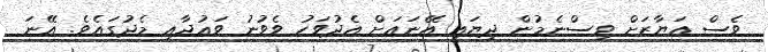
ވެސް އަޔާޒަށް ވިސްނެމުން ދިޔައީ އޭނައަށް އެދުވަހު ވެވުނު ވަޢުދާއި މެދުގައެވެ. އޭނަ